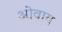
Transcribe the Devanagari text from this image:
ओवाय